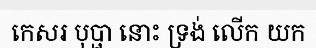
កេសរ បុប្ផា នោះ ទ្រង់ លើក យក